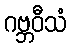
ဂဗ္ဘဝီသံ